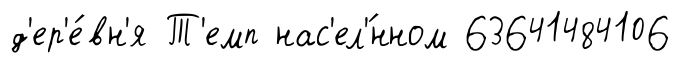
д'ер'е́вн'я Т'емп нас'ел'́нном 63641484106